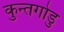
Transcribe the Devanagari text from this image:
कुन्तगोडु